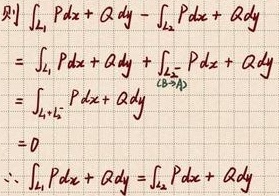
\[
\begin{align*}
& \text{则} \int_{L_1} Pdx + Qdy - \int_{L_2} Pdx + Qdy \\
&= \int_{L_1} Pdx + Qdy + \int_{L_2^{-}} Pdx + Qdy \\
&= \int_{L_1 + L_2^{-}} Pdx + Qdy \quad (\text{由(3 - 4)}) \\
&= 0 \\
\therefore & \int_{L_1} Pdx + Qdy = \int_{L_2} Pdx + Qdy
\end{align*}
\]